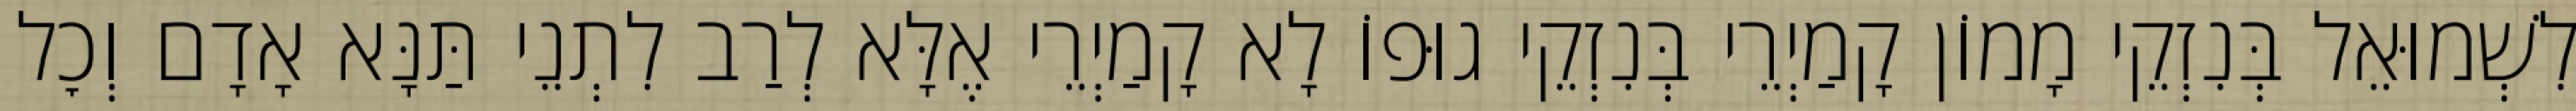
לִשְׁמוּאֵל בְּנִזְקֵי מָמוֹן קָמַיְרֵי בְּנִזְקֵי גוּפוֹ לָא קָמַיְרֵי אֶלָּא לְרַב לִתְנֵי תַּנָּא אָדָם וְכׇל